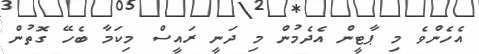
އެހެންވެ މި ޕާޓީން އެދެމުން މި ދަނީ ރައީސް މިކަމާ ބެހޭ ގޮތުން